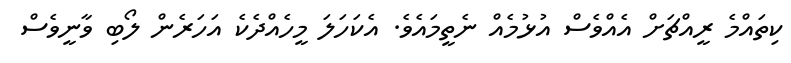
ކިތައްމެ ރީއްޗަށް އެއްވެސް އުޅުމެއް ނެތީމައެވެ. އެކަހަލަ މީހެއްދެކެ އަހަރެން ލޯބި ވާނީވެސް